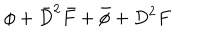
\phi + \bar { D } ^ { 2 } \bar { F } + \bar { \phi } + D ^ { 2 } F